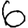
Digit: 6